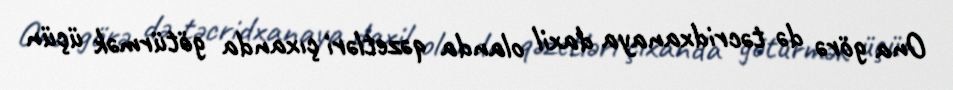
Ona görə də təcridxanaya daxil olanda qəzetləri çıxanda götürmək üçün